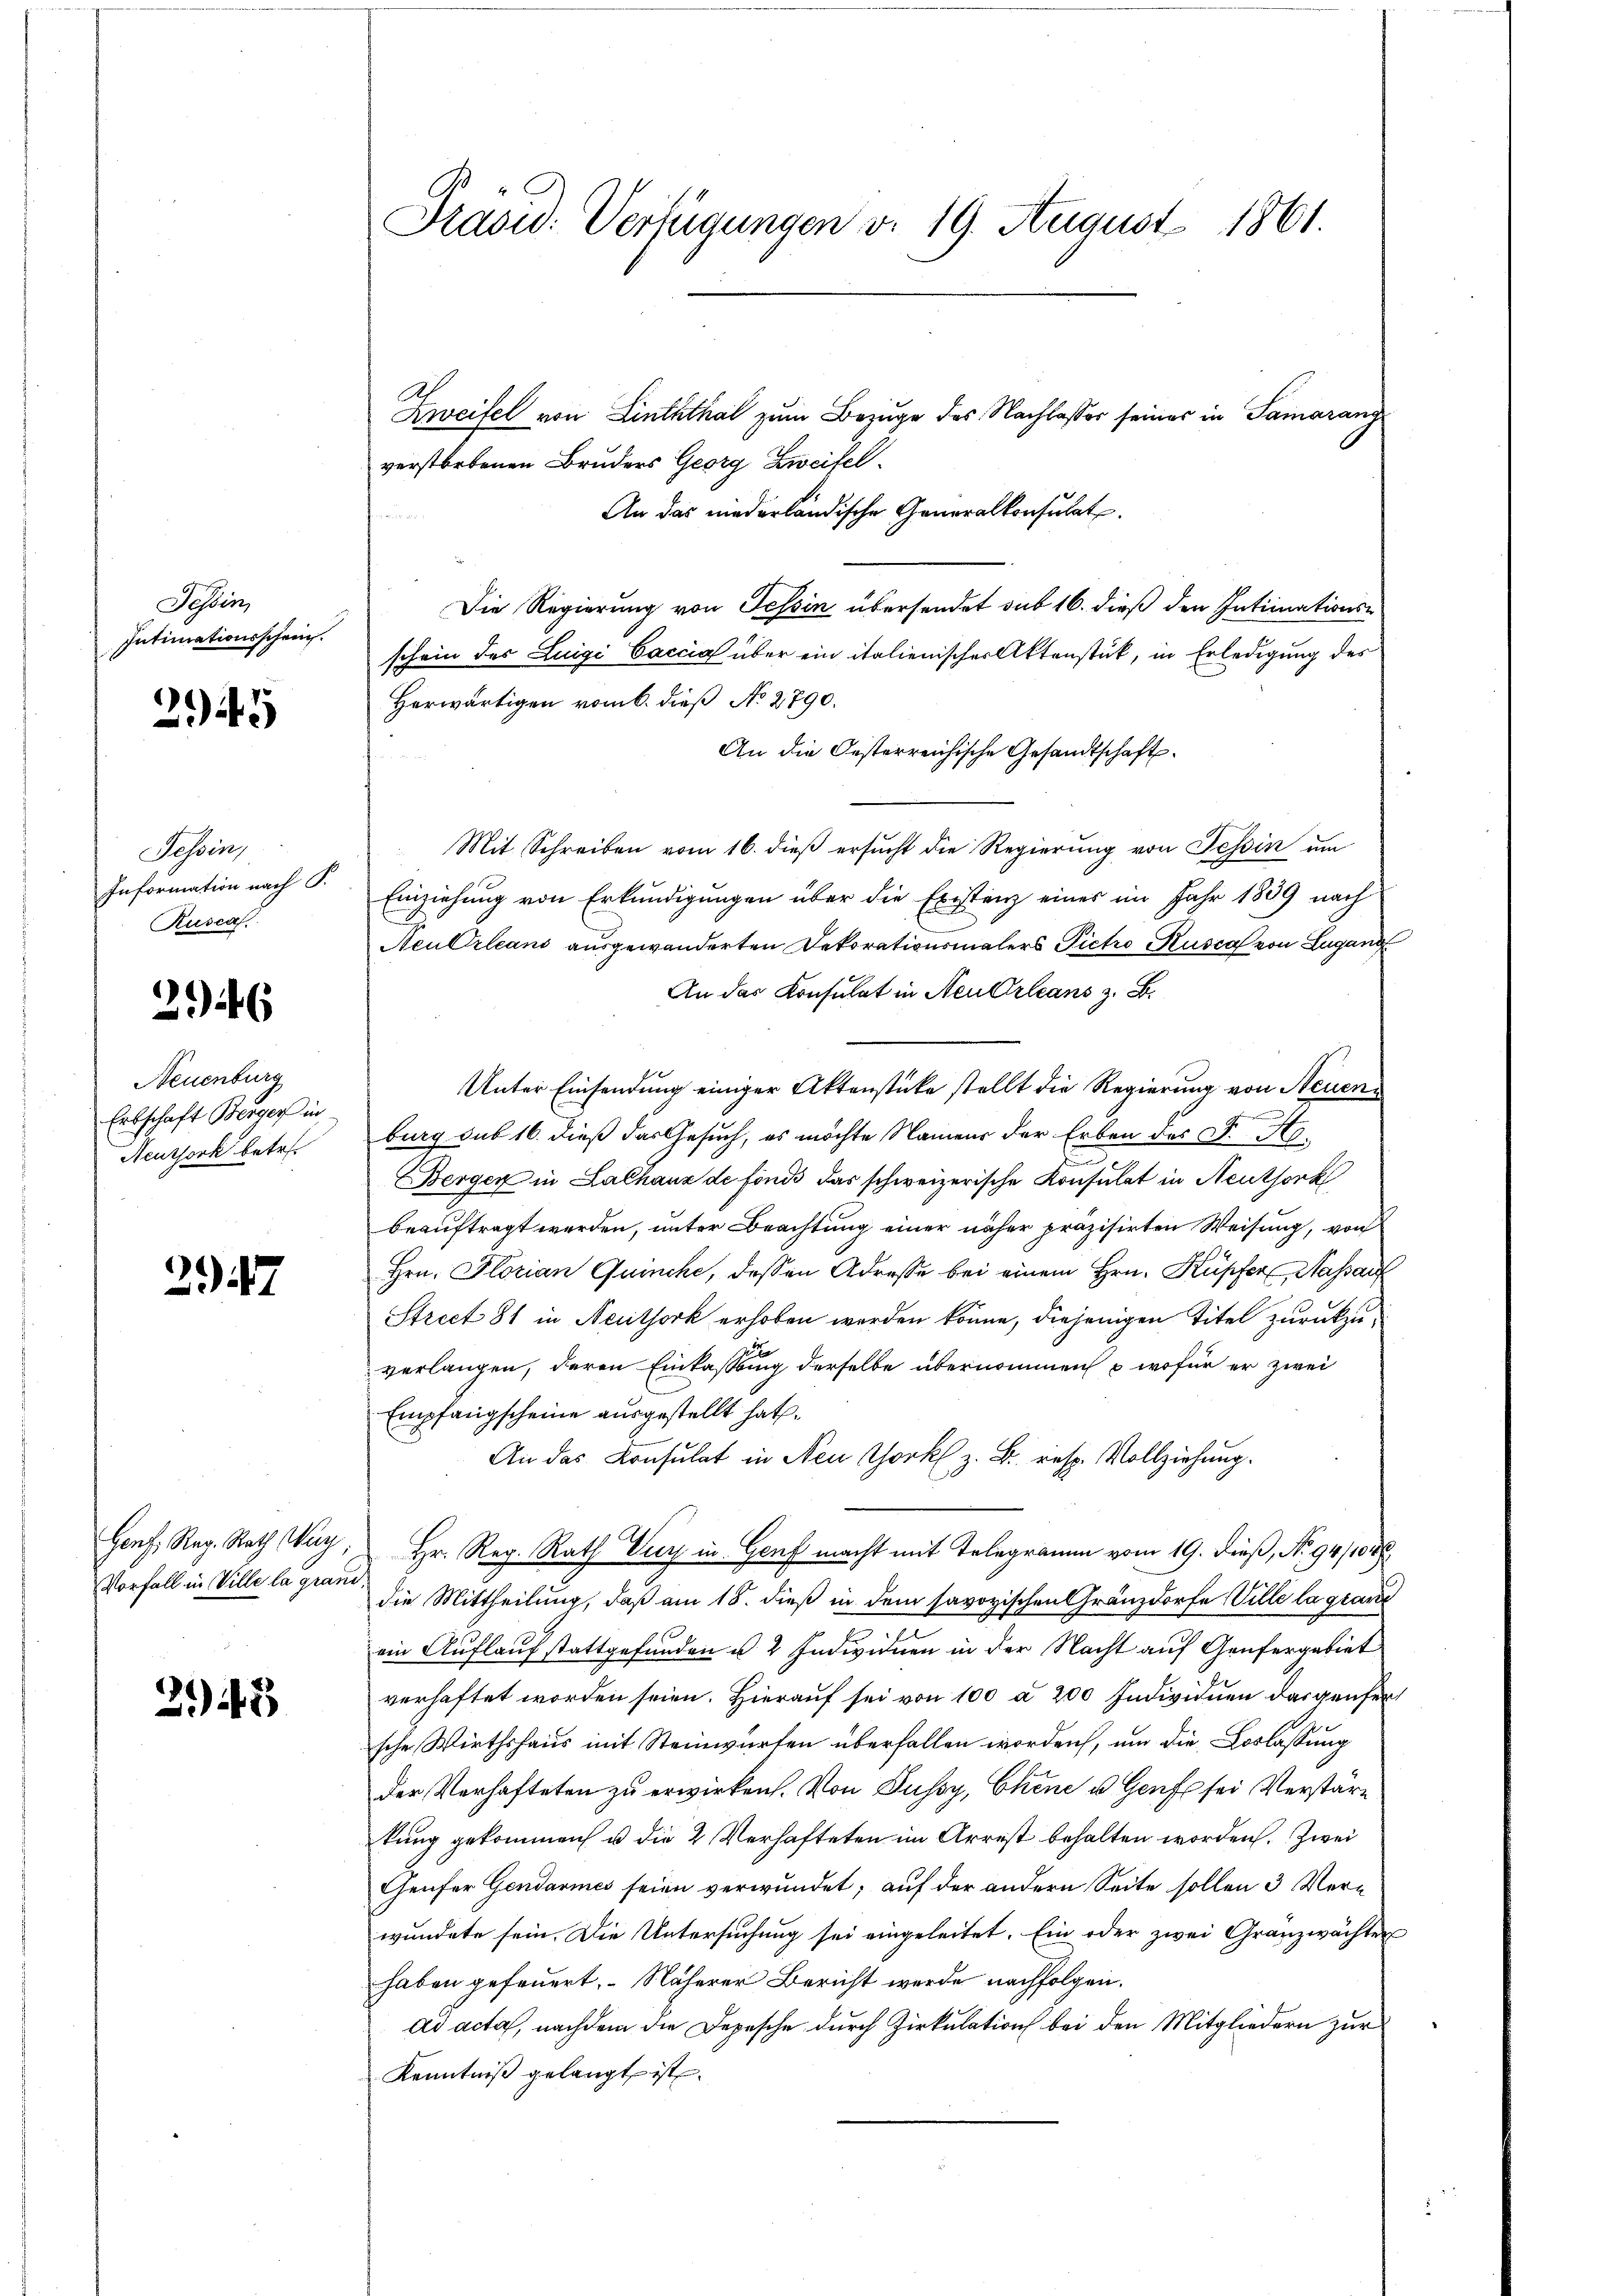
Tessin,
Intimationsschein.

245

Tessin,
Information nach S.
Rusca.

246

Neuenburg
Erbschaft Berger in
Neuthork betr.

2947

Henf: Reg. Rath Way
Vorfall in Ville la graue

245

Präsid. Verfügungen d. 19. August 1861.

Zweifel von Linththal zum Bezuge des Nachlasser seines in Samarang
verstorbenen Bruders Georg Zweifel¬
An das niederländische Generalkonsulat
B
Die Regierung von Tessin übersendet sub 16. dieß den Intimationsschein des Luigi Caccia über ein italienischer Aktenstück, in Erledigung des
Herwärtigen vom 6. dieß No 2790.
An die Oesterreichische Gesandtschaft.
Mit Schreiben vom 16. dieβ ersucht die Regierung von Tessin um
Einziehung von Erkundigungen über die Existenz eines im Jahr 1889 nach
Neu Orleans ausgewanderten Dekorationsmalers Pietro Rusca von Lugang
An das Konsulat in Neu Orleans z. B.
Unter Einsendung einiger Aktenstücke stellt die Regierung von Neuenburg sub 16. dieß das Gesuch, es möchte Namens der Erben des F. A.
Berger in Lalhaus de fonds das schweizerische Konsulat in Neuthork
beauftragt werden, unter Beachtung einer näher präzisirten Weisung, von
Hrn. Florian Quinche, dessen Adresse bei einem Hrn. Kupfer Massau
Strect 81 in Neuthork erhoben werden könne, diejenigen Titel zurückzuverlangen, deren Einkassung derselbe übernommen u. wofür er zwei
Empfangscheine ausgestellt hat.
An das Konsulat in Neu Chork z. B. resp. Vollziehung.
Hr. Reg. Rath Vur in Genf macht mit Telegramm vom 19. dieß, No 94/1048
die Mittheilung, daß am 18. dieß in dem savoyischen Gränzdorfe Ville la grand
ein Auflaufstattgefunden u. 2 Individuen in der Nacht auf Genfergebiet
verhaftet worden seien. Hierauf sei von 100 à 200 Individuen dargenfersche Wirthshaus mit Steinwürfen überfallen worden, um die Loslassung
der Verhafteten zu erwirken. Von Fussy, Chine u. Genf sei Verstärkung gekommen u die 2 Verhafteten im Arrest behalten worden. Zwei
Genfer Gendarmes seien verwundet; auf der andern Seite sollen 3 Verwundete sein. Die Untersuchung sei eingeleitet. Ein oder zwei Granzwächter
haben gefeuert. – Näherer Bericht werde nachfolgen.
ad acta, nachdem die Depesche durch Zirkulation bei den Mitgliedern zur
Kenntniβ gelangt ist.